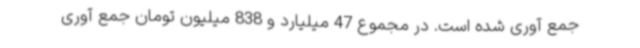
جمع آوری شده است. در مجموع 47 میلیارد و 838 میلیون تومان جمع آوری